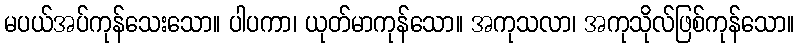
မပယ်အပ်ကုန်သေးသော။ ပါပကာ၊ ယုတ်မာကုန်သော။ အကုသလာ၊ အကုသိုလ်ဖြစ်ကုန်သော။